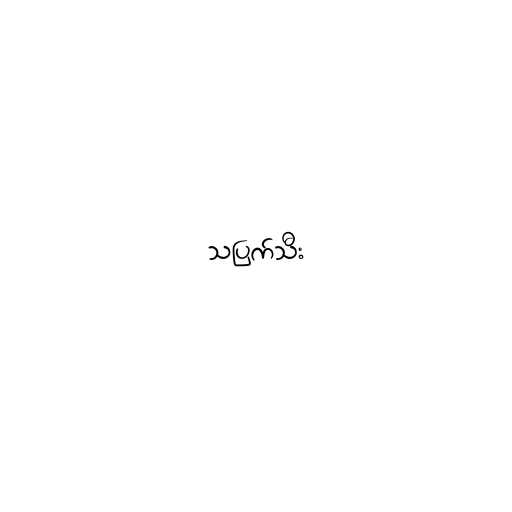
သပြက်သီး